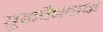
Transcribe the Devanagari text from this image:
सुखवैभवाचा